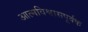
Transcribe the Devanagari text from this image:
आत्मविश्वासपूर्वक